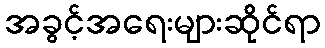
အခွင့်အရေးများဆိုင်ရာ